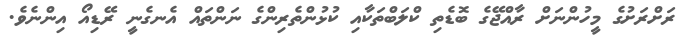
ރަށްރަށުގެ މީހުންނަށް ރާއްޖޭގެ ބޮޑެތި ކްލަބްތަކާއި ކުޅުންތެރިންގެ ނަންތައް އެނގެނީ ރޭޑިއޯ އިންނެވެ.